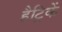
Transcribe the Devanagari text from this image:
हैट्रिकें